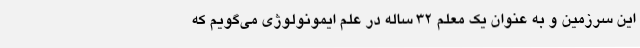
این سرزمین و به عنوان یک معلم 32 ساله در علم ایمونولوژی می‌گویم که